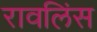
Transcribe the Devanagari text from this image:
रावलिंस